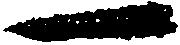
一